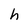
Character: h